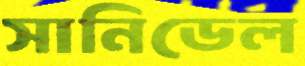
সানিডেল